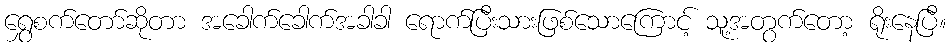
ရွှေစက်တော်ဆိုတာ အခေါက်ခေါက်အခါခါ ရောက်ပြီးသားဖြစ်သောကြောင့် သူ့အတွက်တော့ ရိုးနေပြီ။